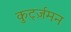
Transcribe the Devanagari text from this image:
कुर्ट्ज़मन